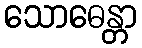
သောဓေန္တာ